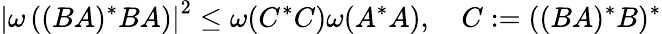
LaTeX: \left|\omega\left((BA)^{*}BA\right)\right|^{2}\leq\omega(C^{*}C)\omega(A^{*}A),\quad C:=((BA)^{*}B)^{*}